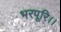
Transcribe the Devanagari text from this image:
भरपूरि।।